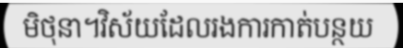
មិថុនា។វិស័យដែលរងការកាត់បន្ថយ